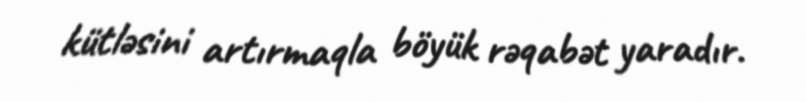
kütləsini artırmaqla böyük rəqabət yaradır.